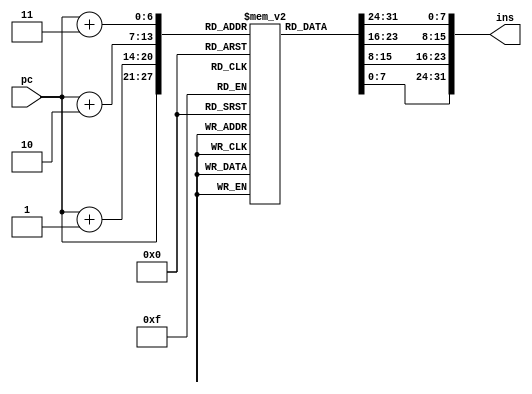
module  instruction_memory_ba( input[6:0] pc, output [31:0] ins);

reg [7:0] memory [0:127];
reg[7:0] temp [0:3];
integer i;

initial begin
 
 memory[0] <= 8'h64;    //a
 memory[1] <= 8'h00;
 memory[2] <= 8'h00;
 memory[3] <= 8'h00;
 
 memory[4] <= 8'h00;
 memory[5] <= 8'h00;
 memory[6] <= 8'he0;
 memory[7] <= 8'h07;
 
 memory[8] <= 8'h00;  //done
 memory[9] <= 8'h00;
 memory[10] <= 8'h21;
 memory[11] <= 8'h00;
 
 memory[12] <= 8'h04;
 memory[13] <= 8'h00;
 memory[14] <= 8'he1;
 memory[15] <= 8'h07;
 
 memory[16] <= 8'h50;  //b
 memory[17] <= 8'h00;
 memory[18] <= 8'h42;
 memory[19] <= 8'h00;
 
 memory[20] <= 8'h08;
 memory[21] <= 8'h00;
 memory[22] <= 8'he2;
 memory[23] <= 8'h07;
 
 memory[24] <= 8'h00;
 memory[25] <= 8'h00;
 memory[26] <= 8'he0;
 memory[27] <= 8'h0b;

 memory[28] <= 8'h04;
 memory[29] <= 8'h00;
 memory[30] <= 8'he1;
 memory[31] <= 8'h0b;

 memory[32] <= 8'h08;
 memory[33] <= 8'h00;
 memory[34] <= 8'he2;
 memory[35] <= 8'h0b;

 memory[36] <= 8'h0b;
 memory[37] <= 8'h00;
 memory[38] <= 8'h23;
 memory[39] <= 8'h40;

 memory[40] <= 8'h05;
 memory[41] <= 8'h28;
 memory[42] <= 8'h02;
 memory[43] <= 8'h80;

 
 memory[44] <= 8'h04;
 memory[45] <= 8'h00;
 memory[46] <= 8'ha3;
 memory[47] <= 8'h44;

 
 memory[48] <= 8'h00;
 memory[49] <= 8'h20;
 memory[50] <= 8'h60;
 memory[51] <= 8'h80;

 memory[52] <= 8'h00;
 memory[53] <= 8'h00;
 memory[54] <= 8'h62;
 memory[55] <= 8'h80;
 
 memory[56] <= 8'h00;
 memory[57] <= 8'h10;
 memory[58] <= 8'h64;
 memory[59] <= 8'h80;

 memory[60] <= 8'hf9;
 memory[61] <= 8'hff;
 memory[62] <= 8'hff;
 memory[63] <= 8'h4b;

 //
 
 memory[64] <= 8'h02;
 memory[65] <= 8'h00;
 memory[66] <= 8'h43;
 memory[67] <= 8'h44;

 memory[68] <= 8'h01;
 memory[69] <= 8'h00;
 memory[70] <= 8'h02;
 memory[71] <= 8'h80;

 
 memory[72] <= 8'hf6;
 memory[73] <= 8'hff;
 memory[74] <= 8'hff;
 memory[75] <= 8'h4b;

 
 memory[76] <= 8'h01;
 memory[77] <= 8'h00;
 memory[78] <= 8'h21;
 memory[79] <= 8'h00;

 memory[80] <= 8'hf4;
 memory[81] <= 8'hff;
 memory[82] <= 8'hff;
 memory[83] <= 8'h4b;
 
 memory[84] <= 8'hfe;
 memory[85] <= 8'hff;
 memory[86] <= 8'h00;
 memory[87] <= 8'hfc;

 memory[88] <= 8'hfe;
 memory[89] <= 8'hff;
 memory[90] <= 8'hff;
 memory[91] <= 8'h4b;
 

//$readmemh("memory1.list", memory);
end
 
always@(pc)
begin
	 temp[0] <= memory[pc];
	 temp[1] <= memory[pc+1];
	 temp[2] <= memory[pc+2];
	 temp[3] <= memory[pc+3];
	 
end

assign ins = {temp[3], temp[2], temp[1], temp[0]};

	
endmodule